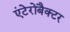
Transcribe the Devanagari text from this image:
एंटेरोबैक्टर